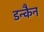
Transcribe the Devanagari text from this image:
डन्कैन